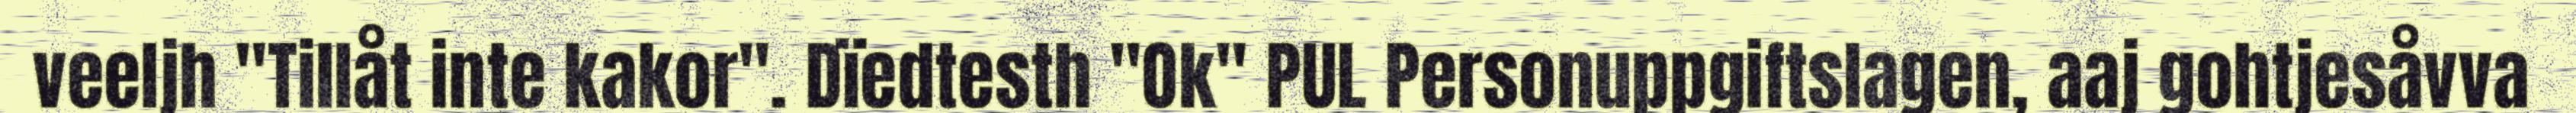
veeljh "Tillåt inte kakor". Dïedtesth "Ok" PUL Personuppgiftslagen, aaj gohtjesåvva